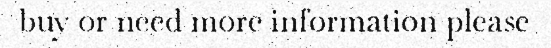
buy or need more information please